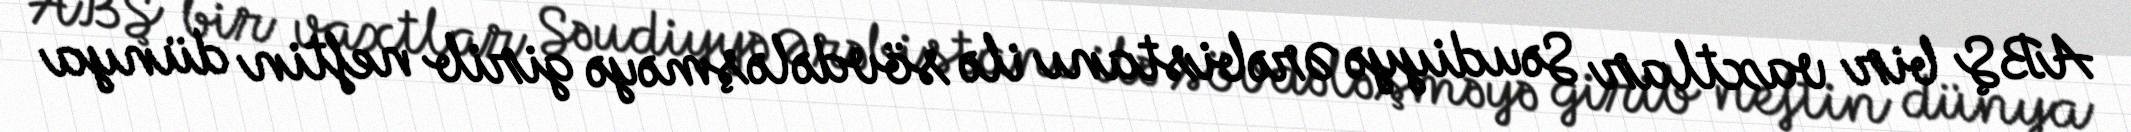
ABŞ bir vaxtlar Səudiyyə Ərəbistanı ilə sövdələşməyə girib neftin dünya